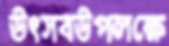
উৎসবউপলক্ষে